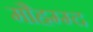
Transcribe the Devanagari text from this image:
मौहम्म्द